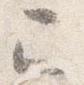
巳